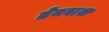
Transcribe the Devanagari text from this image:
ब्रेनवाश